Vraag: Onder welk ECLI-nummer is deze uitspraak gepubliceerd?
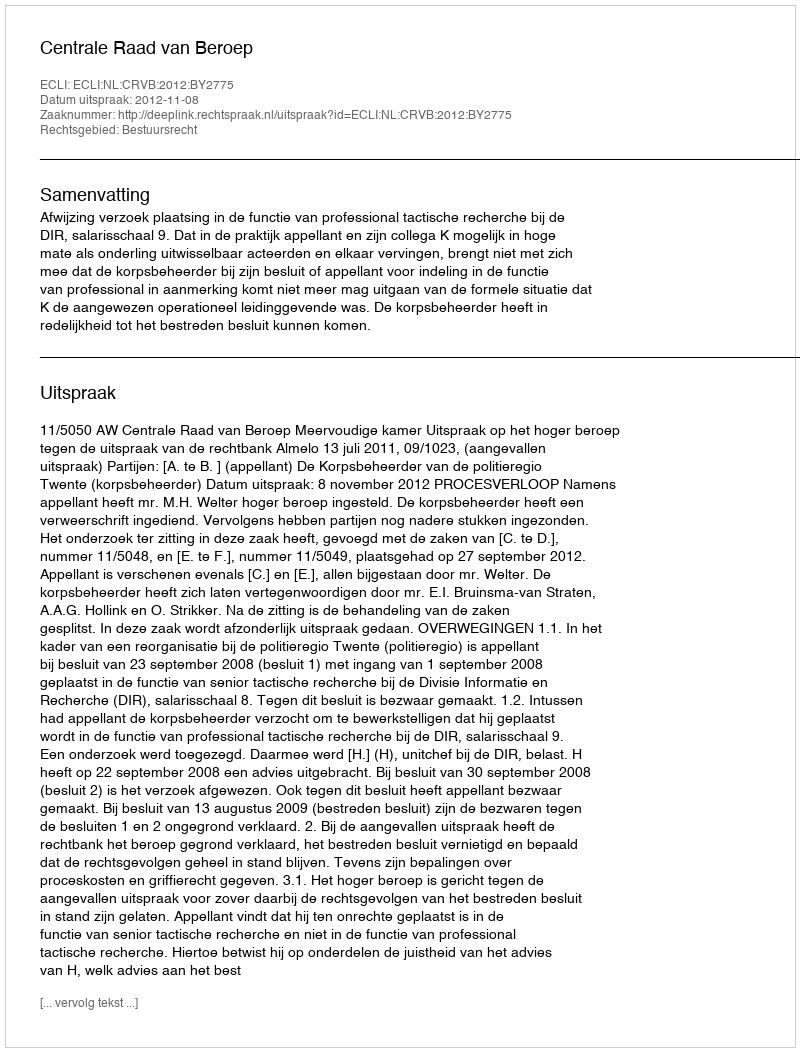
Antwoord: ECLI:NL:CRVB:2012:BY2775